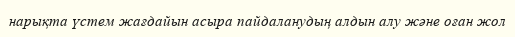
нарықта үстем жағдайын асыра пайдаланудың алдын алу және оған жол